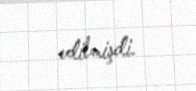
edilmişdi.